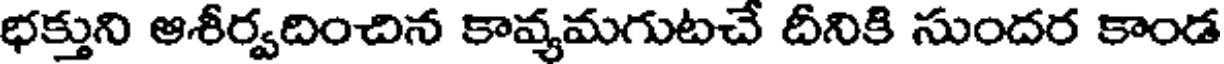
భక్తుని ఆశీర్వదించిన కావ్యమగుటచే దీనికి సుందర కాండ